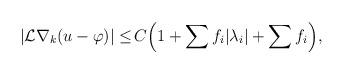
LaTeX: \begin{align*}\begin{aligned}|\mathcal{L} \nabla_k (u - \varphi)|\leq \,& C \Big(1 + \sum f_i |\lambda_i| + \sum f_i\Big),\end{aligned}\end{align*}